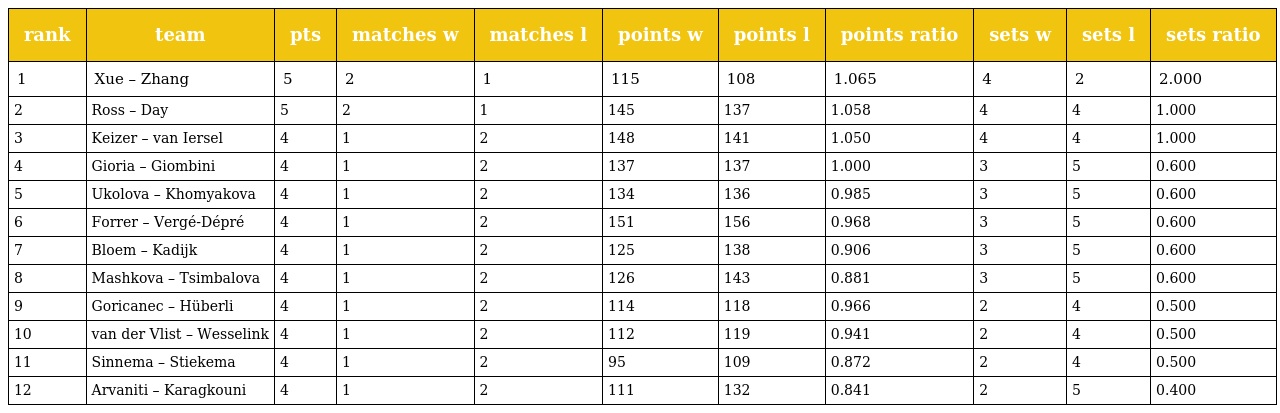
| rank | team | pts | matches w | matches l | points w | points l | points ratio | sets w | sets l | sets ratio |
 | --- | --- | --- | --- | --- | --- | --- | --- | --- | --- | --- |
 | 1 | Xue – Zhang | 5 | 2 | 1 | 115 | 108 | 1.065 | 4 | 2 | 2.000 |
 | 2 | Ross – Day | 5 | 2 | 1 | 145 | 137 | 1.058 | 4 | 4 | 1.000 |
 | 3 | Keizer – van Iersel | 4 | 1 | 2 | 148 | 141 | 1.050 | 4 | 4 | 1.000 |
 | 4 | Gioria – Giombini | 4 | 1 | 2 | 137 | 137 | 1.000 | 3 | 5 | 0.600 |
 | 5 | Ukolova – Khomyakova | 4 | 1 | 2 | 134 | 136 | 0.985 | 3 | 5 | 0.600 |
 | 6 | Forrer – Vergé-Dépré | 4 | 1 | 2 | 151 | 156 | 0.968 | 3 | 5 | 0.600 |
 | 7 | Bloem – Kadijk | 4 | 1 | 2 | 125 | 138 | 0.906 | 3 | 5 | 0.600 |
 | 8 | Mashkova – Tsimbalova | 4 | 1 | 2 | 126 | 143 | 0.881 | 3 | 5 | 0.600 |
 | 9 | Goricanec – Hüberli | 4 | 1 | 2 | 114 | 118 | 0.966 | 2 | 4 | 0.500 |
 | 10 | van der Vlist – Wesselink | 4 | 1 | 2 | 112 | 119 | 0.941 | 2 | 4 | 0.500 |
 | 11 | Sinnema – Stiekema | 4 | 1 | 2 | 95 | 109 | 0.872 | 2 | 4 | 0.500 |
 | 12 | Arvaniti – Karagkouni | 4 | 1 | 2 | 111 | 132 | 0.841 | 2 | 5 | 0.400 |